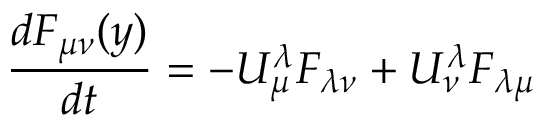
{ \frac { d F _ { \mu \nu } ( y ) } { d t } } = - U _ { \mu } ^ { \lambda } F _ { \lambda \nu } + U _ { \nu } ^ { \lambda } F _ { \lambda \mu }